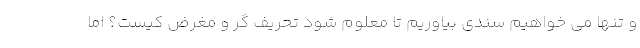
و تنها می خواهیم سندی بیاوریم تا معلوم شود تحریف گر و مغرض کیست؟ اما